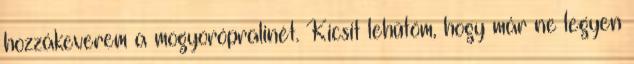
hozzákeverem a mogyorópralinét. Kicsit lehűtöm, hogy már ne legyen